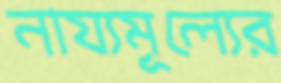
নায্যমূল্যের